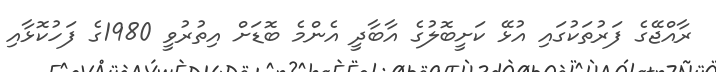
ރާއްޖޭގެ ފަރުތަކުގައި އުޅޭ ކަށީބޮލުގެ އާބާދީ އެންމެ ބޮޑަށް އިތުރުވީ 1980ގެ ފަހުކޮޅާއި